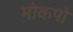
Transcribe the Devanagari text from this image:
मोकपो